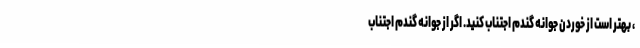
، بهتر است از خوردن جوانه گندم اجتناب کنید. اگر از جوانه گندم اجتناب